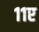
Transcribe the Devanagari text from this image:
११ए